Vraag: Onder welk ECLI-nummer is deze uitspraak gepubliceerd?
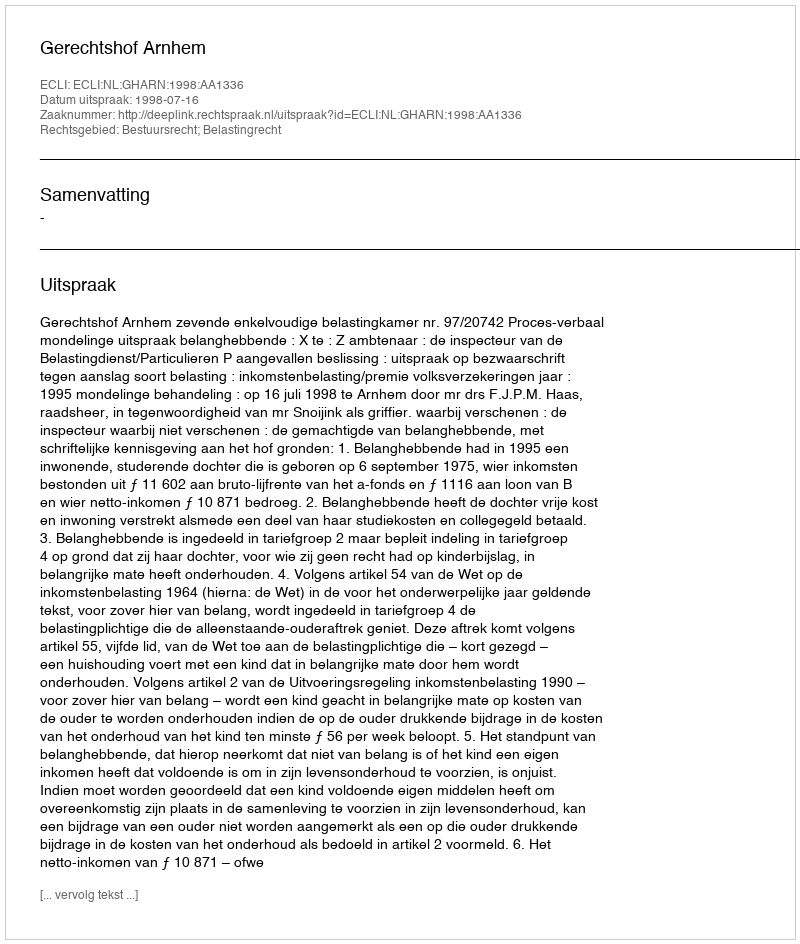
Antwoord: ECLI:NL:GHARN:1998:AA1336